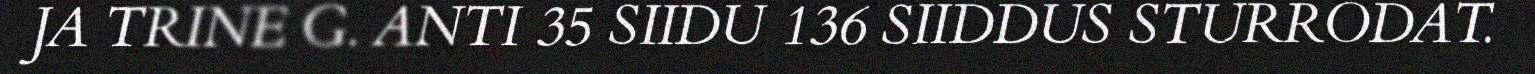
JA TRINE G. ANTI 35 SIIDU 136 SIIDDUS STURRODAT.